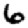
Digit: 6